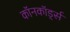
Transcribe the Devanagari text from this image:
कॉनकॉर्ड्स